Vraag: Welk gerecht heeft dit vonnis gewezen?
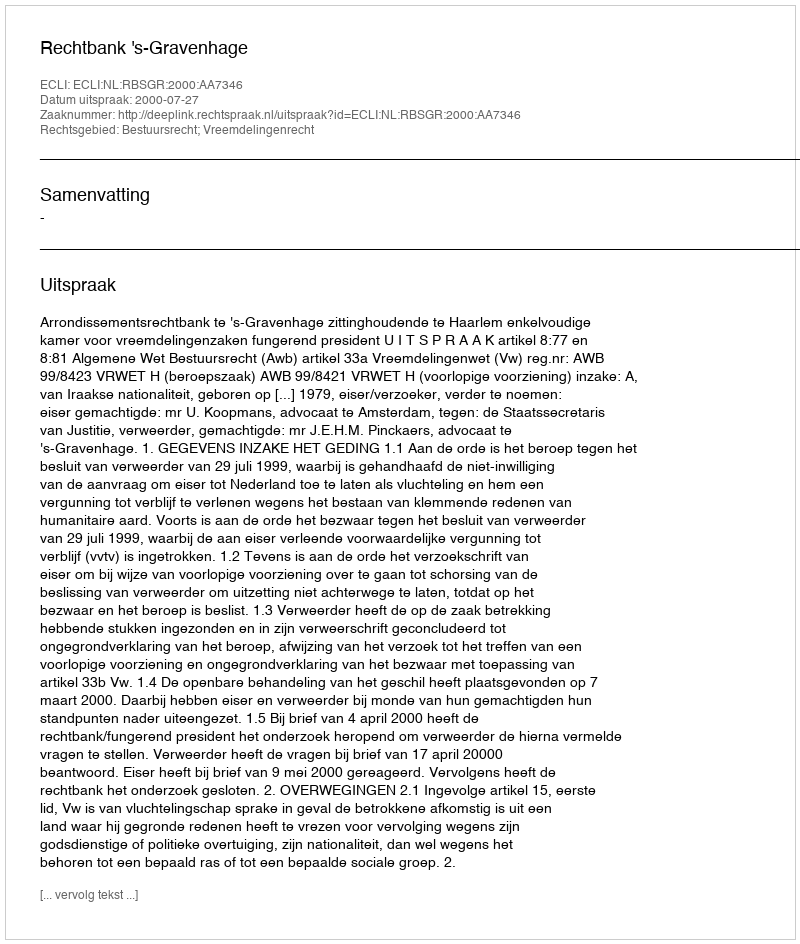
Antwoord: Rechtbank 's-Gravenhage